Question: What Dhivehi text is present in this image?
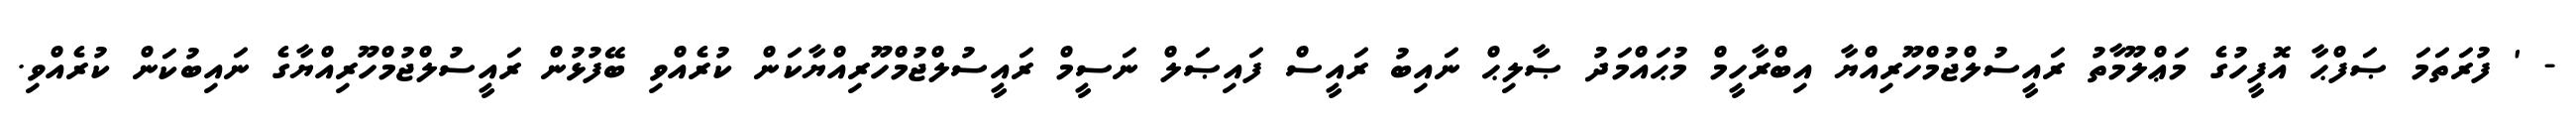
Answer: - ' ފުރަތަމަ ޞަފްޙާ އޮފީހުގެ މަޢްލޫމާތު ރައީސުލްޖުމްހޫރިއްޔާ އިބްރާހީމް މުޙައްމަދު ޞާލިޙް ނައިބު ރައީސް ފައިޞަލް ނަސީމް ރައީސުލްޖުމްހޫރިއްޔާކަން ކުރެއްވި ބޭފުޅުން ރައީސުލްޖުމްހޫރިއްޔާގެ ނައިބުކަން ކުރެއްވި.